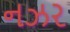
નઝર